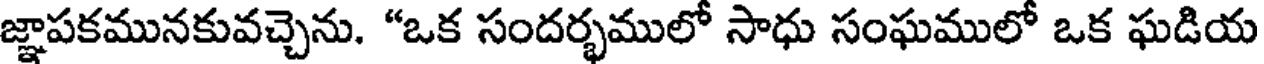
జ్ఞాపకమునకువచ్చెను. "ఒక సందర్భములో సాధు సంఘములో ఒక ఘడియ